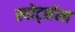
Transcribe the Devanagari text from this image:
स्पोर्ट्सला